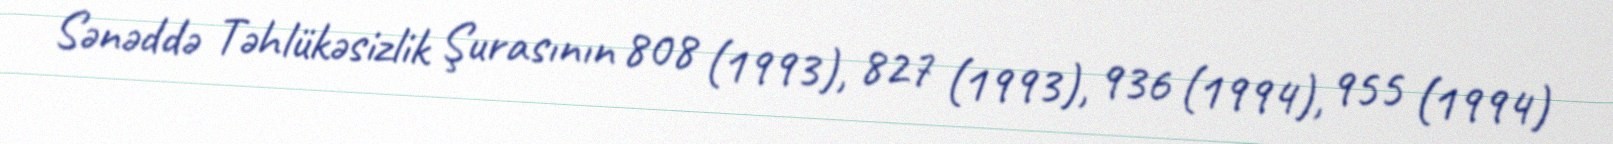
Sənəddə Təhlükəsizlik Şurasının 808 (1993), 827 (1993), 936 (1994), 955 (1994)